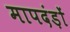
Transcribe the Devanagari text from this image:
मापदंड़ों